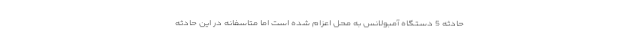
حادثه 5 دستگاه آمبولانس به محل اعزام شده است اما متاسفانه در این حادثه